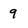
Character: 9